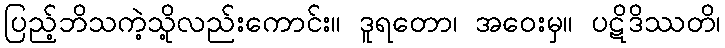
ပြည့်ဘိသကဲ့သို့လည်းကောင်း။ ဒူရတော၊ အဝေးမှ။ ပဋိဒိဿတိ၊